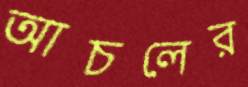
আচলের